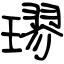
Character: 璆